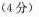
( 4 分 )